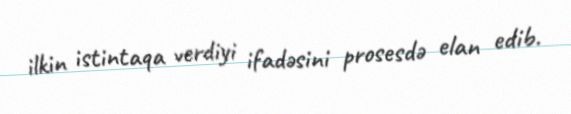
ilkin istintaqa verdiyi ifadəsini prosesdə elan edib.